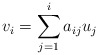
\begin{align*}v_i=\sum_{j=1}^{i}a_{ij}u_j\end{align*}